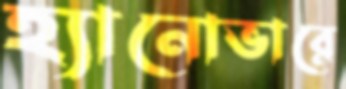
হ্যানোভারে